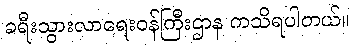
ခရီးသွားလာရေးဝန်ကြီးဌာန ကသိရပါတယ်။